Vaccination North-Western Provinces and Oudh 1878-1895 - 1878-1895
Year: 1878
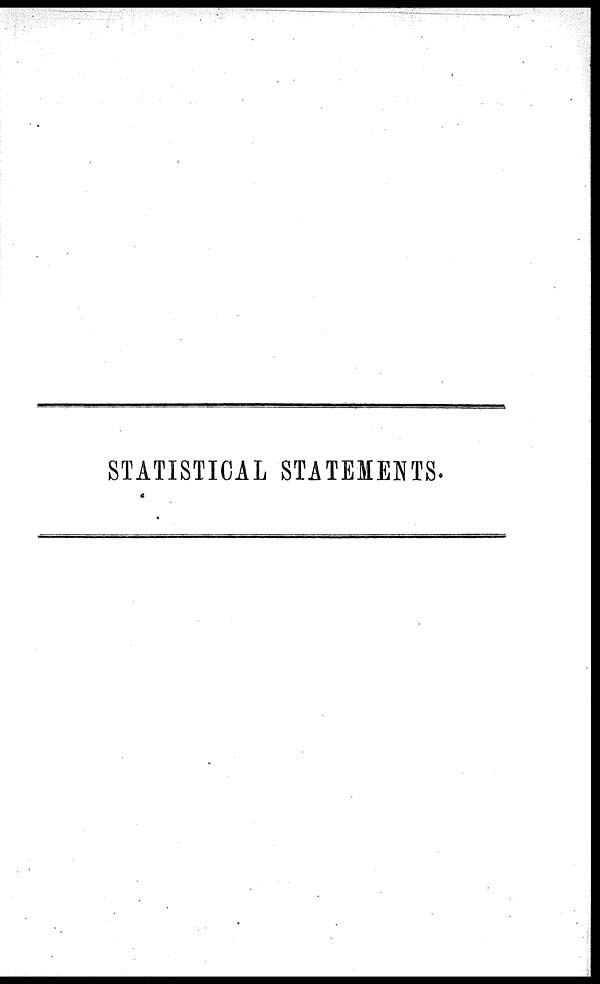
STATISTICAL STATEMENTS.